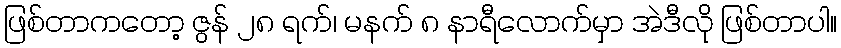
ဖြစ်တာကတော့ ဇွန် ၂၈ ရက်၊ မနက် ၈ နာရီလောက်မှာ အဲဒီလို ဖြစ်တာပါ။